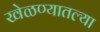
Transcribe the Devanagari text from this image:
खेळण्यातल्या